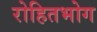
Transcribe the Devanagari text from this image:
रोहितभोग